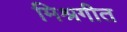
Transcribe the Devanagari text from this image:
मिश्रगीत